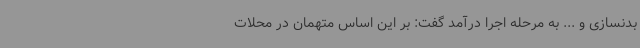
بدنسازی و ... به مرحله اجرا درآمد گفت: بر این اساس متهمان در محلات